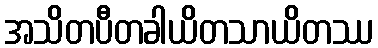
အသိတပီတခါယိတသာယိတဿ